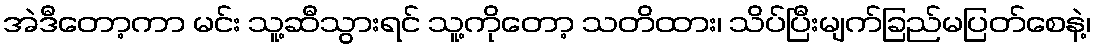
အဲဒီတော့ကာ မင်း သူ့ဆီသွားရင် သူ့ကိုတော့ သတိထား၊ သိပ်ပြီးမျက်ခြည်မပြတ်စေနဲ့၊